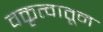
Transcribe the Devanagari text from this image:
वक्तृत्वातून